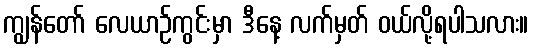
ကျွန်တော် လေယာဉ်ကွင်းမှာ ဒီနေ့ လက်မှတ် ဝယ်လို့ရပါသလား။